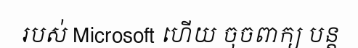
របស់ Microsoft ហើយ ចុចពាក្យ បន្ត